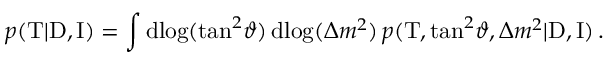
p ( \mathrm { T } | \mathrm { D } , \mathrm { I } ) = \int \mathrm { d } \! \log ( \tan ^ { 2 } \! \vartheta ) \, \mathrm { d } \! \log ( \Delta { m } ^ { 2 } ) \, p ( \mathrm { T } , \tan ^ { 2 } \! \vartheta , \Delta { m } ^ { 2 } | \mathrm { D } , \mathrm { I } ) \, .